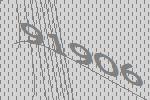
91906